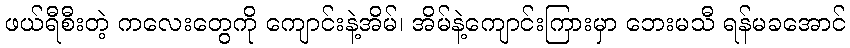
ဖယ်ရီစီးတဲ့ ကလေးတွေကို ကျောင်းနဲ့အိမ်၊ အိမ်နဲ့ကျောင်းကြားမှာ ဘေးမသီ ရန်မခအောင်